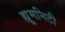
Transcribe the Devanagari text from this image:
ह्यूमनिटी